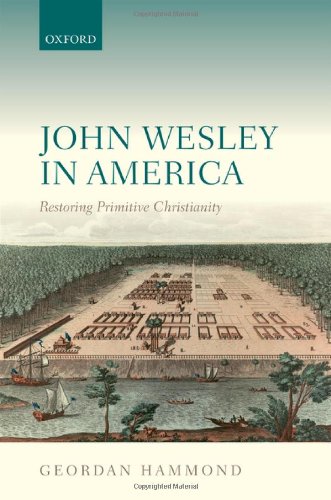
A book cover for John Wesley in America: Restoring Primitive Christianity; Geordan Hammond; Christian Books & Bibles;